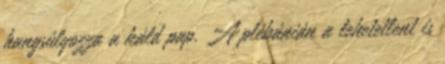
hangsúlyozza a káld pap. A plébánián a lehetetlent is